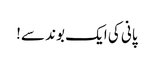
پانی کی ایک بوند سے!